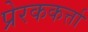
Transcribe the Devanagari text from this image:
प्रेरककर्त्ता